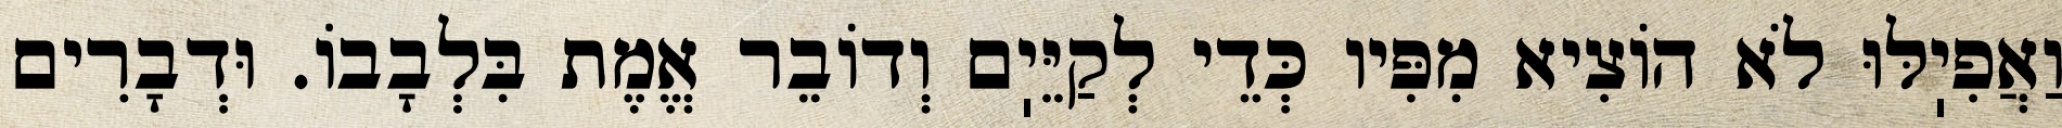
וַאֲפִיֽלּוּ לֹא הוֹצִיא מִפִּיו כְּדֵי לְקַיֵּיֽם וְדוֹבֵר אֱמֶת בִּלְבָבוֹ. וּדְבָרִים